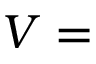
V =